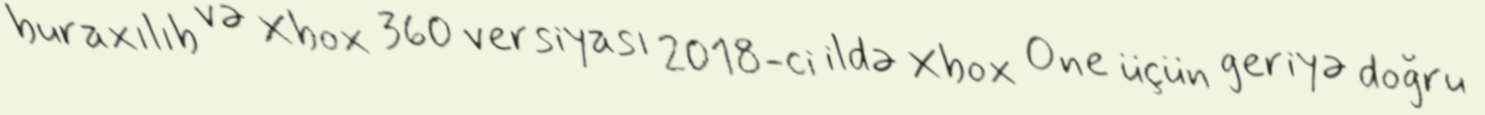
buraxılıb və Xbox 360 versiyası 2018-ci ildə Xbox One üçün geriyə doğru